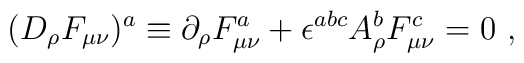
(D_\rho F_{\mu \nu})^a \equiv \partial_\rho F_{\mu \nu}^a +\epsilon^{abc}A_{\rho}^{b}F_{\mu \nu}^c = 0 \ ,